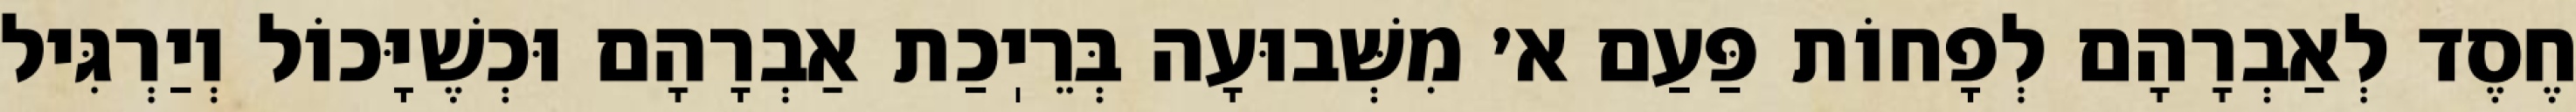
חֶסֶד לְאַבְרָהָם לְפָחוֹת פַּעַם א׳ מִשְּׁבוּעָה בְּרֵיֽכַת אַבְרָהָם וּכְשֶׁיָּכוֹל וְיַרְגִּיל